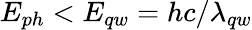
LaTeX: E_{ph}<E_{qw}=hc/\lambda_{qw}